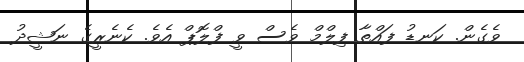
ވެގެން. ކަނޑު ފައްތާ ފިލްމް ވެސް ވީ ފްލޮޕް އެވެ. ކެނެރީގެ ނަޝީދު